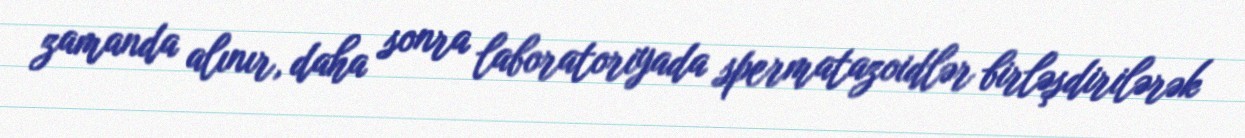
zamanda alınır, daha sonra laboratoriyada spermatazoidlər birləşdirilərək